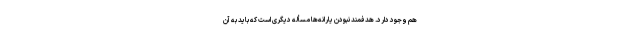
هم وجود دارد. هدفمند نبودن یارانه‌ها مسأله دیگری است که باید به آن